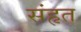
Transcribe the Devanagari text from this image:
संहृत